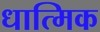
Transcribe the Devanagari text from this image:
धात्मिक